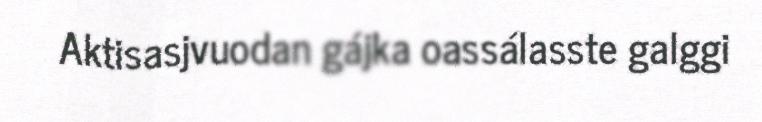
Aktisasjvuodan gájka oassálasste galggi